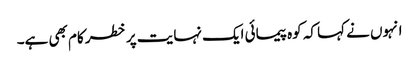
انہوں نے کہا کہ کوہ پیمائی ایک نہایت پر خطر کام بھی ہے۔